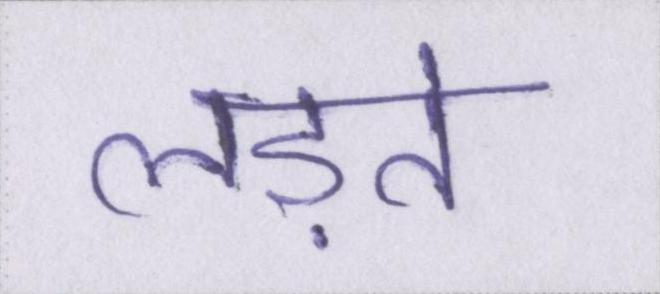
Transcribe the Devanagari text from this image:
लड़ते